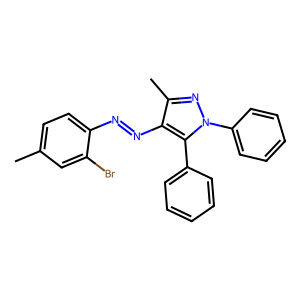
SMILES: Cc1ccc(N=Nc2c(C)nn(-c3ccccc3)c2-c2ccccc2)c(Br)c1
Inhibits HIV replication: No